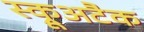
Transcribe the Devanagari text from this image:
स्क्रूअटैक